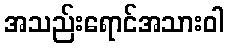
အသည်းရောင်အသားဝါ